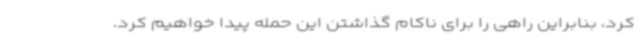
کرد، بنابراین راهی را برای ناکام گذاشتن این حمله پیدا خواهیم کرد.